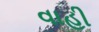
વાહી